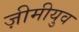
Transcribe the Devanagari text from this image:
ज़ीमीयुव